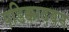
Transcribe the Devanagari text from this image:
पडिक्कादवन